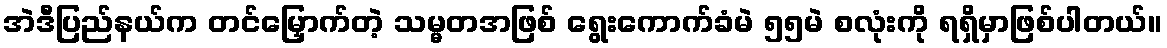
အဲဒီပြည်နယ်က တင်မြှောက်တဲ့ သမ္မတအဖြစ် ရွေးကောက်ခံမဲ ၅၅မဲ စလုံးကို ရရှိမှာဖြစ်ပါတယ်။